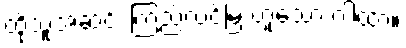
ထိုသူအဆင်း ကြည်လင်မြဲ ဟူသော ဂါထာ။